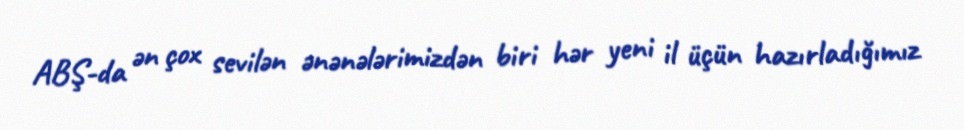
ABŞ-da ən çox sevilən ənənələrimizdən biri hər yeni il üçün hazırladığımız